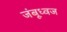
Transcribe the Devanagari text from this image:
जंबूध्वज